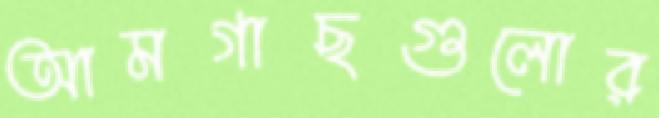
আমগাছগুলোর